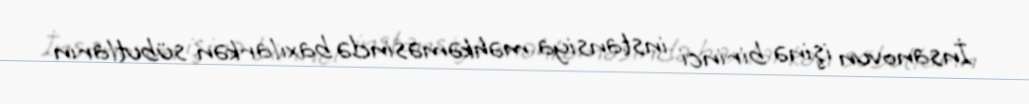
İnsanovun işinə birinci instansiya məhkəməsində baxılarkən sübutların